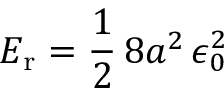
E _ { \mathrm { r } } = { \frac { 1 } { 2 } } \, 8 a ^ { 2 } \, \epsilon _ { 0 } ^ { 2 }